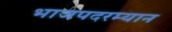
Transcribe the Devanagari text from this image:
भाजपदरम्यान